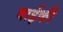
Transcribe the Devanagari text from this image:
वाईकी